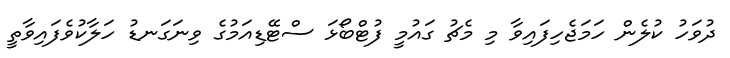
ދުވަހު ކުލެން ހަމަޖެހިފައިވާ މި މެޗު ގައުމީ ފުޓްބޯޅަ ސްޓޭޑިއަމުގެ ވިނަގަނޑު ހަލާކުވެފައިވާތީ